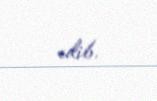
edib.